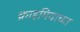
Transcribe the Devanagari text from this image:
क्राइमियाच्या